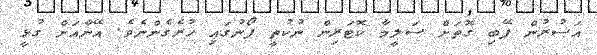
އަސުރުން ފޭބި ގޮތަށް ސަލީމާ ކޮޓަރިން ނުކުތީ ފޯނުގައި ހުރެގެންނެވެ. އޭނާއަށް ގުޅީ